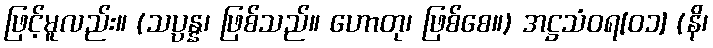
ဖြင့်မူလည်း။ (သပ္ပန္န၊ ဖြစ်သည်။ ဟောတု၊ ဖြစ်စေ။) အဋ္ဌသံဝရ[၀၁] (နိ၊